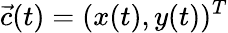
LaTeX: {\vec{c}}(t)=(x(t),y(t))^{T}